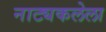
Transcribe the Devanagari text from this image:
नाट्यकलेला